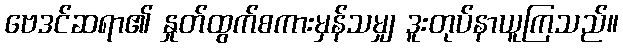
ဗေဒင်ဆရာ၏ နှုတ်ထွက်စကားမှန်သမျှ ဒူးတုပ်နာယူကြသည်။